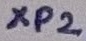
Text: XP2